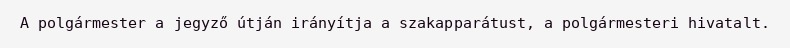
A polgármester a jegyző útján irányítja a szakapparátust, a polgármesteri hivatalt.